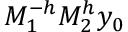
M _ { 1 } ^ { - h } M _ { 2 } ^ { h } y _ { 0 }